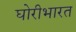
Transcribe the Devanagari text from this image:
घोरीभारत